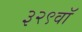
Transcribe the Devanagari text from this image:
३२९वॉ